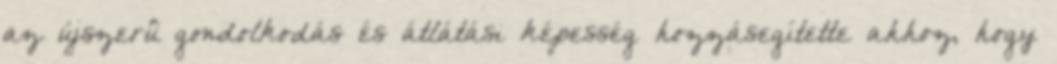
az újszerû gondolkodás és átlátási képesség hozzásegítette ahhoz, hogy